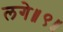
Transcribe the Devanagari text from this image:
लगे॥९॥